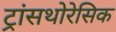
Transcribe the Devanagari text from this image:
ट्रांसथोरेसिक